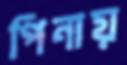
পিনায়